Report of an investigation into the causes of the diseases known in Assam as Kála-Azár and Beri-Beri
Disease focus: Beri-Beri
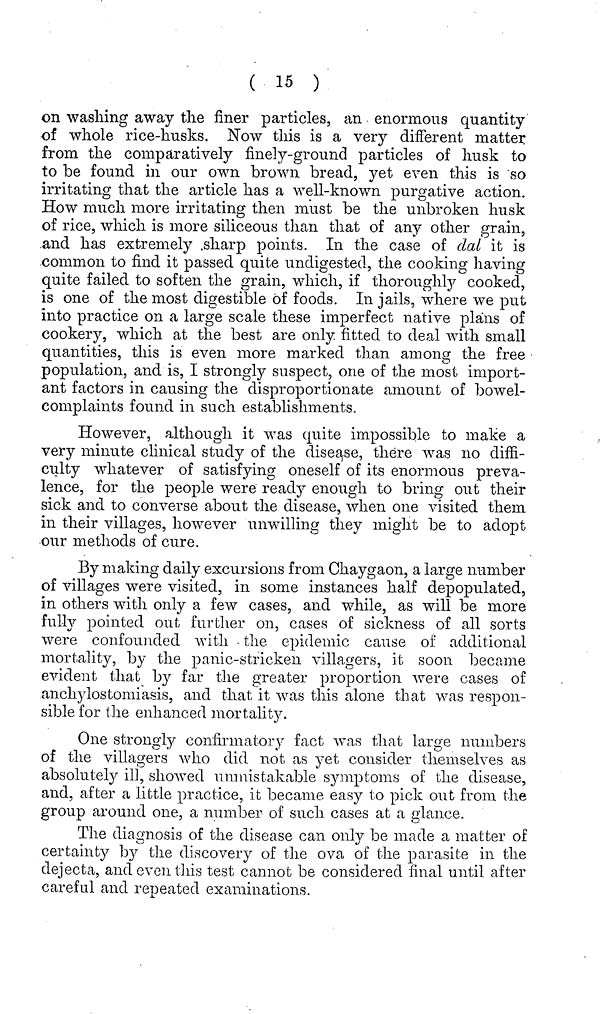
( 15 )
on washing away the finer particles, an enormous quantity
of whole rice-husks. Now this is a very different matter
from the comparatively finely-ground particles of husk to
to be found in our own brown bread, yet even this is so
irritating that the article has a well-known purgative action.
How much more irritating then must be the unbroken husk
of rice, which is more siliceous than that of any other grain,
and has extremely sharp points. In the case of dal it is
common to find it passed quite undigested, the cooking having
quite failed to soften the grain, which, if thoroughly cooked,
is one of the most digestible of foods. In jails, where we put
into practice on a large scale these imperfect native plans of
cookery, which at the best are only fitted to deal with small
quantities, this is even more marked than among the free
population, and is, I strongly suspect, one of the most import-
ant factors in causing the disproportionate amount of bowel-
complaints found in such establishments.
However, although it was quite impossible to make a
very minute clinical study of the disease, there was 110 diffi-
culty whatever of satisfying oneself of its enormous preva-
lence, for the people were ready enough to bring out their
sick and to converse about the disease, when one visited them
in their villages, however unwilling they might be to adopt
our methods of cure.
By making daily excursions from Chaygaon, a large number
of villages were visited, in some instances half depopulated,
in others with only a few cases, and while, as will be more
fully pointed out further on, cases of sickness of all sorts
were confounded with the epidemic cause of additional
mortality, by the panic-stricken villagers, it soon became
evident that by far the greater proportion were cases of
anchylostomiasis, and that it was this alone that was respon-
sible for the enhanced mortality.
One strongly confirmatory fact was that large numbers
of the villagers who did not as yet consider themselves as
absolutely ill, showed unmistakable symptoms of the disease,
and, after a little practice, it became easy to pick out from the
group around one, a number of such cases at a glance.
The diagnosis of the disease can only be made a matter of
certainty by the discovery of the ova of the parasite in the
dejecta, and even this test cannot be considered final until after
careful and repeated examinations.